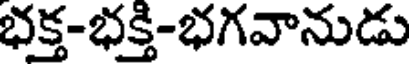
భక్త-భక్తి-భగవానుడు